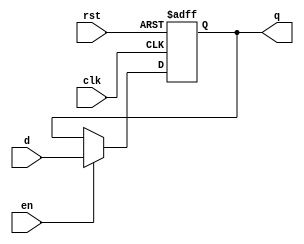
module generic_reg 
#(parameter WIDTH=10)
(clk, rst, en, d, q);
input clk, rst, en;
input [WIDTH-1:0] d;
output reg [WIDTH-1:0] q;

always @ (posedge rst or posedge clk)
begin
	// Reset whenever the reset signal goes high, regardless of the clock
	// or the clock enable
	if (rst)
	begin
		q <= 0;
	end
	// If not resetting, and the clock signal is enabled on this register,
	// update the register output on the clock's rising edge
	else
	begin
		if (en)
		begin
			q <= d;
		end
	end
end

endmodule